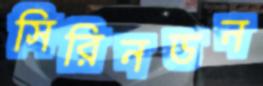
সিরিনডন